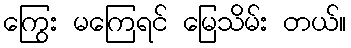
ကြွေး မကြေရင် မြေသိမ်း တယ်။